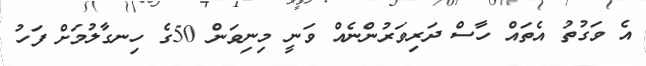
އެ ވަގުތު އެތައް ހާސް ދަރިވަރުންނެއް ވަނީ މިނިވަން 50ގެ ހިނގާލުމަށް ފަހު